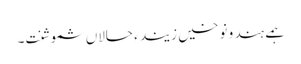
ہمے ہند و نوخیں زیند ءِ حالاں شموشنت۔